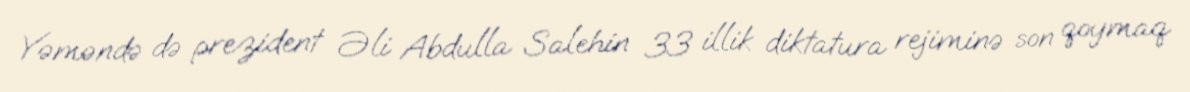
Yəməndə də prezident Əli Abdulla Salehin 33 illik diktatura rejiminə son qoymaq